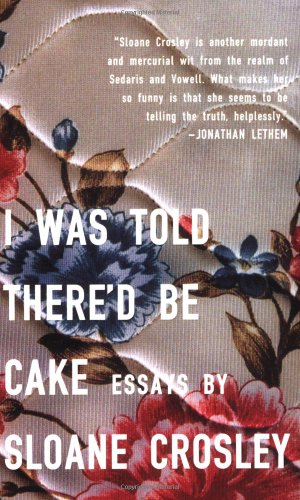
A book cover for I Was Told There'd Be Cake: Essays; Sloane Crosley; Humor & Entertainment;